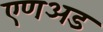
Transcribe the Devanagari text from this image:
एणअड